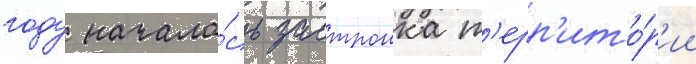
году начала́сь застроика т'ерр'ито́р'ии